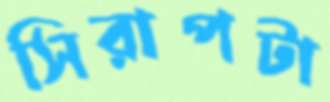
সিরাপটা